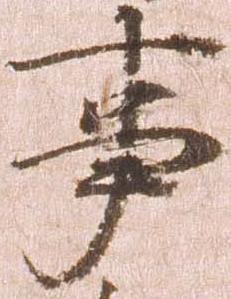
事